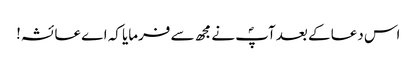
اس دعا کے بعد آپؐ نے مجھ سے فرمایا کہ اے عائشہ!